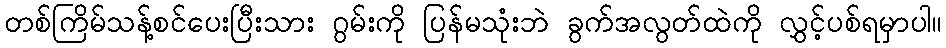
တစ်ကြိမ်သန့်စင်ပေးပြီးသား ဂွမ်းကို ပြန်မသုံးဘဲ ခွက်အလွတ်ထဲကို လွှင့်ပစ်ရမှာပါ။